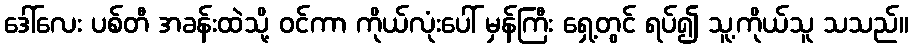
ဒေါ်လေး ပစ်တီ အခန်းထဲသို့ ဝင်ကာ ကိုယ်လုံးပေါ် မှန်ကြီး ရှေ့တွင် ရပ်၍ သူ့ကိုယ်သူ သသည်။